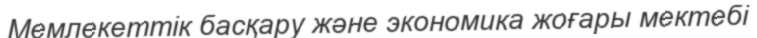
Мемлекеттік басқару және экономика жоғары мектебі